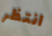
انتظر